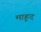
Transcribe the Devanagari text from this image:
माहूद